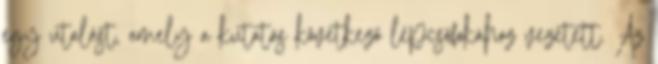
egy utalást, amely a kutatás következő lépcsőfokához vezetett. Az